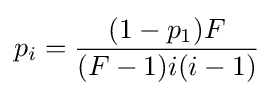
p_{i}={\frac {(1-p_{1})F}{(F-1)i(i-1)}}